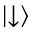
\left| \downarrow \right\rangle